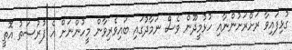
ގުޅިފައިވާ ރަށްރަށުންނާއި ހުޅުމީދޫން ވެސް ނަމާދުގައި ބައިވެރިވާން މީހުންނަށް އެ ފުރުސަތު އޮތީ